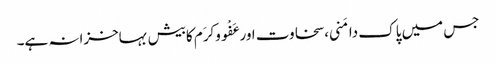
جس میں پاک دامَنی،سخاوت اورعَفْووکرَم کابیش بہاخزانہ ہے۔